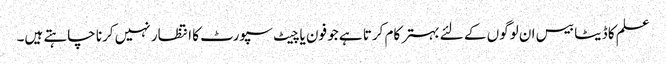
علم کا ڈیٹا بیس ان لوگوں کے لئے بہتر کام کرتا ہے جو فون یا چیٹ سپورٹ کا انتظار نہیں کرنا چاہتے ہیں۔